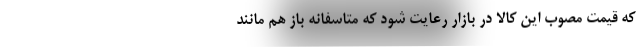
که قیمت مصوب این کالا در بازار رعایت شود که متاسفانه باز هم مانند